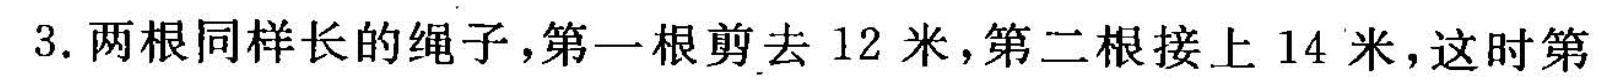
3.两根同样长的绳子，第一根剪去12米，第二根接上14米，这时第